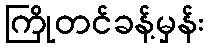
ကြိုတင်ခန့်မှန်း